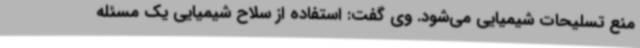
منع تسلیحات شیمیایی می‌شود. وی گفت: استفاده از سلاح شیمیایی یک مسئله